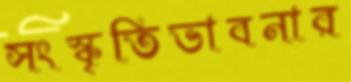
সংস্কৃতিভাবনার